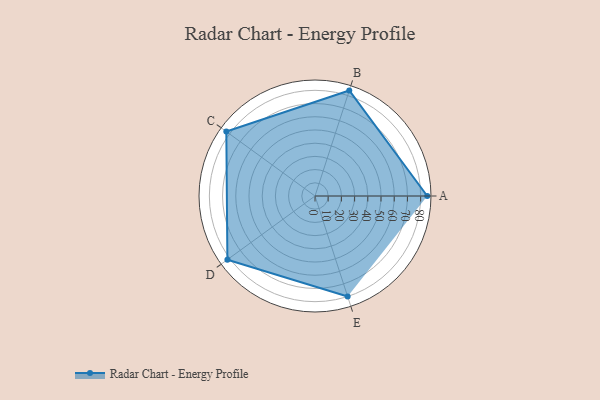
{"axis": {"x": "Skill", "y": "Score"}, "legend": ["Profile"], "data": [{"x": "A", "y": 85.0, "type": "Profile"}, {"x": "B", "y": 84.0, "type": "Profile"}, {"x": "C", "y": 83.0, "type": "Profile"}, {"x": "D", "y": 82.0, "type": "Profile"}, {"x": "E", "y": 80.0, "type": "Profile"}]}